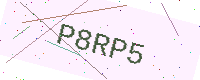
Text: P8RP5